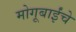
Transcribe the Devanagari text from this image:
मोगूबाईंचे